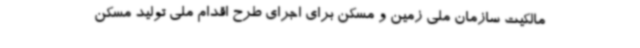
مالکیت سازمان ملی زمین و مسکن برای اجرای طرح اقدام ملی تولید مسکن